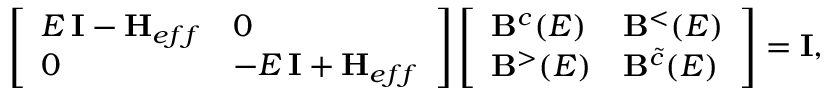
\left[ \begin{array} { l l } { E \, \mathbf { I } - \mathbf { H } _ { e f f } } & { 0 } \\ { 0 } & { - E \, \mathbf { I } + \mathbf { H } _ { e f f } } \end{array} \right] \left[ \begin{array} { l l } { \mathbf { B } ^ { c } ( E ) } & { \mathbf { B } ^ { < } ( E ) } \\ { \mathbf { B } ^ { > } ( E ) } & { \mathbf { B } ^ { \tilde { c } } ( E ) } \end{array} \right] = \mathbf { I } ,